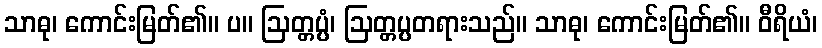
သာဓု၊ ကောင်းမြတ်၏။ ပ။ ဩတ္တပ္ပံ၊ ဩတ္တပ္ပတရားသည်။ သာဓု၊ ကောင်းမြတ်၏။ ဝီရိယံ၊